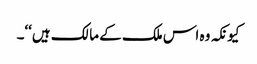
کیونکہ وہ اس ملک کے مالک ہیں‘‘۔